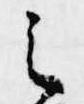
之